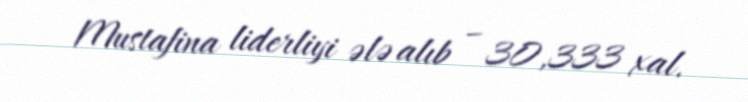
Mustafina liderliyi ələ alıb – 30,333 xal.